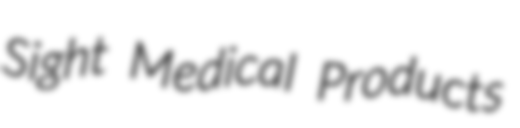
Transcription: Sight Medical Products